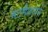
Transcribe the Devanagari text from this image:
मटमैलापन